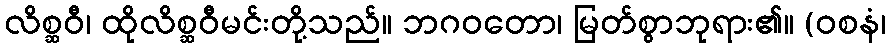
လိစ္ဆဝီ၊ ထိုလိစ္ဆဝီမင်းတို့သည်။ ဘဂဝတော၊ မြတ်စွာဘုရား၏။ (ဝစနံ၊